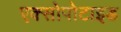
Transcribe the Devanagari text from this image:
एक्सोपोटाइड